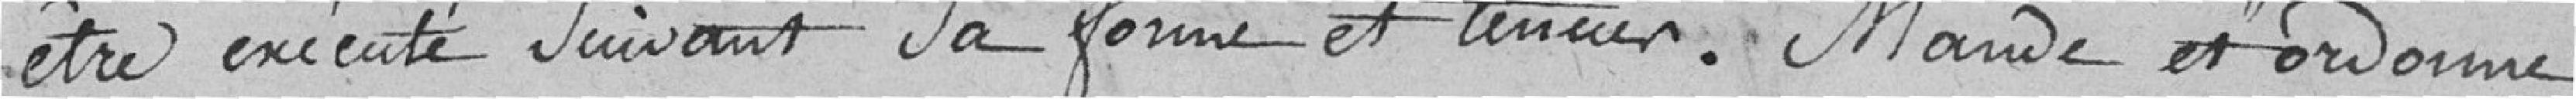
être exécuté suivant sa forme et sa teneur. Mande et ordonne